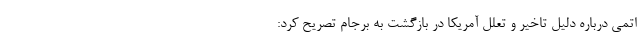
اتمی درباره دلیل تاخیر و تعلل آمریکا در بازگشت به برجام تصریح کرد: